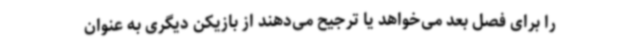
را برای فصل بعد می‌خواهد یا ترجیح می‌دهند از بازیکن دیگری به عنوان